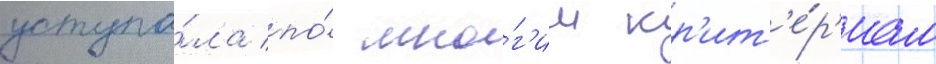
уступа́ла по́ мно́г'им кр'ит'е́р'иам